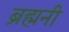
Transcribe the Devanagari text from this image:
ब्रह्मनी